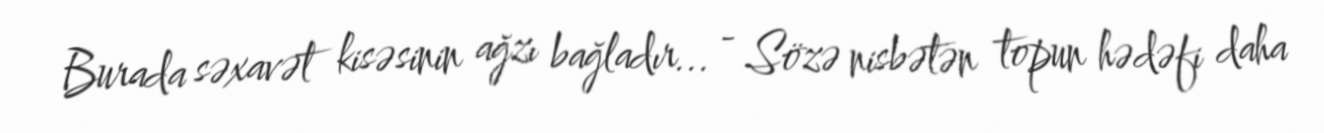
Burada səxavət kisəsinin ağzı bağladır... - Sözə nisbətən topun hədəfi daha